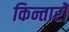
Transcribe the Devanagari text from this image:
किन्तारो